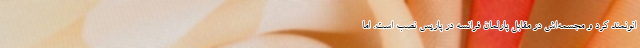
انونمند کرد و مجسمه‌اش در مقابل پارلمان فرانسه در پاریس نصب است. اما